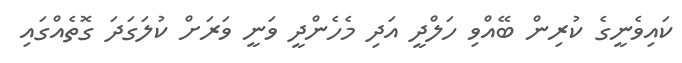
ކައިވެނީގެ ކުރިން ބޭއްވި ހަލްދީ އަދި މެހެންދީ ވަނީ ވަރަށް ކުލަގަދަ ގޮތެއްގައި